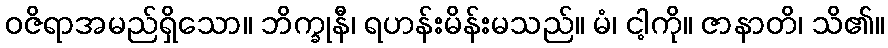
ဝဇိရာအမည်ရှိသော။ ဘိက္ခုနီ၊ ရဟန်းမိန်းမသည်။ မံ၊ ငါ့ကို။ ဇာနာတိ၊ သိ၏။